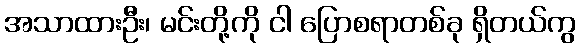
အသာထားဦး၊ မင်းတို့ကို ငါ ပြောစရာတစ်ခု ရှိတယ်ကွ